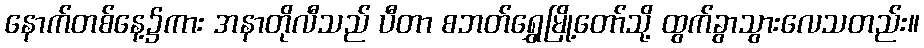
နောက်တစ်နေ့၌ကား အနာတိုလီသည် ပီတာ စဘတ်ရွှေမြို့တော်သို့ ထွက်ခွာသွားလေသတည်း။